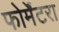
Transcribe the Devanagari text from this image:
फोर्मेंटरा